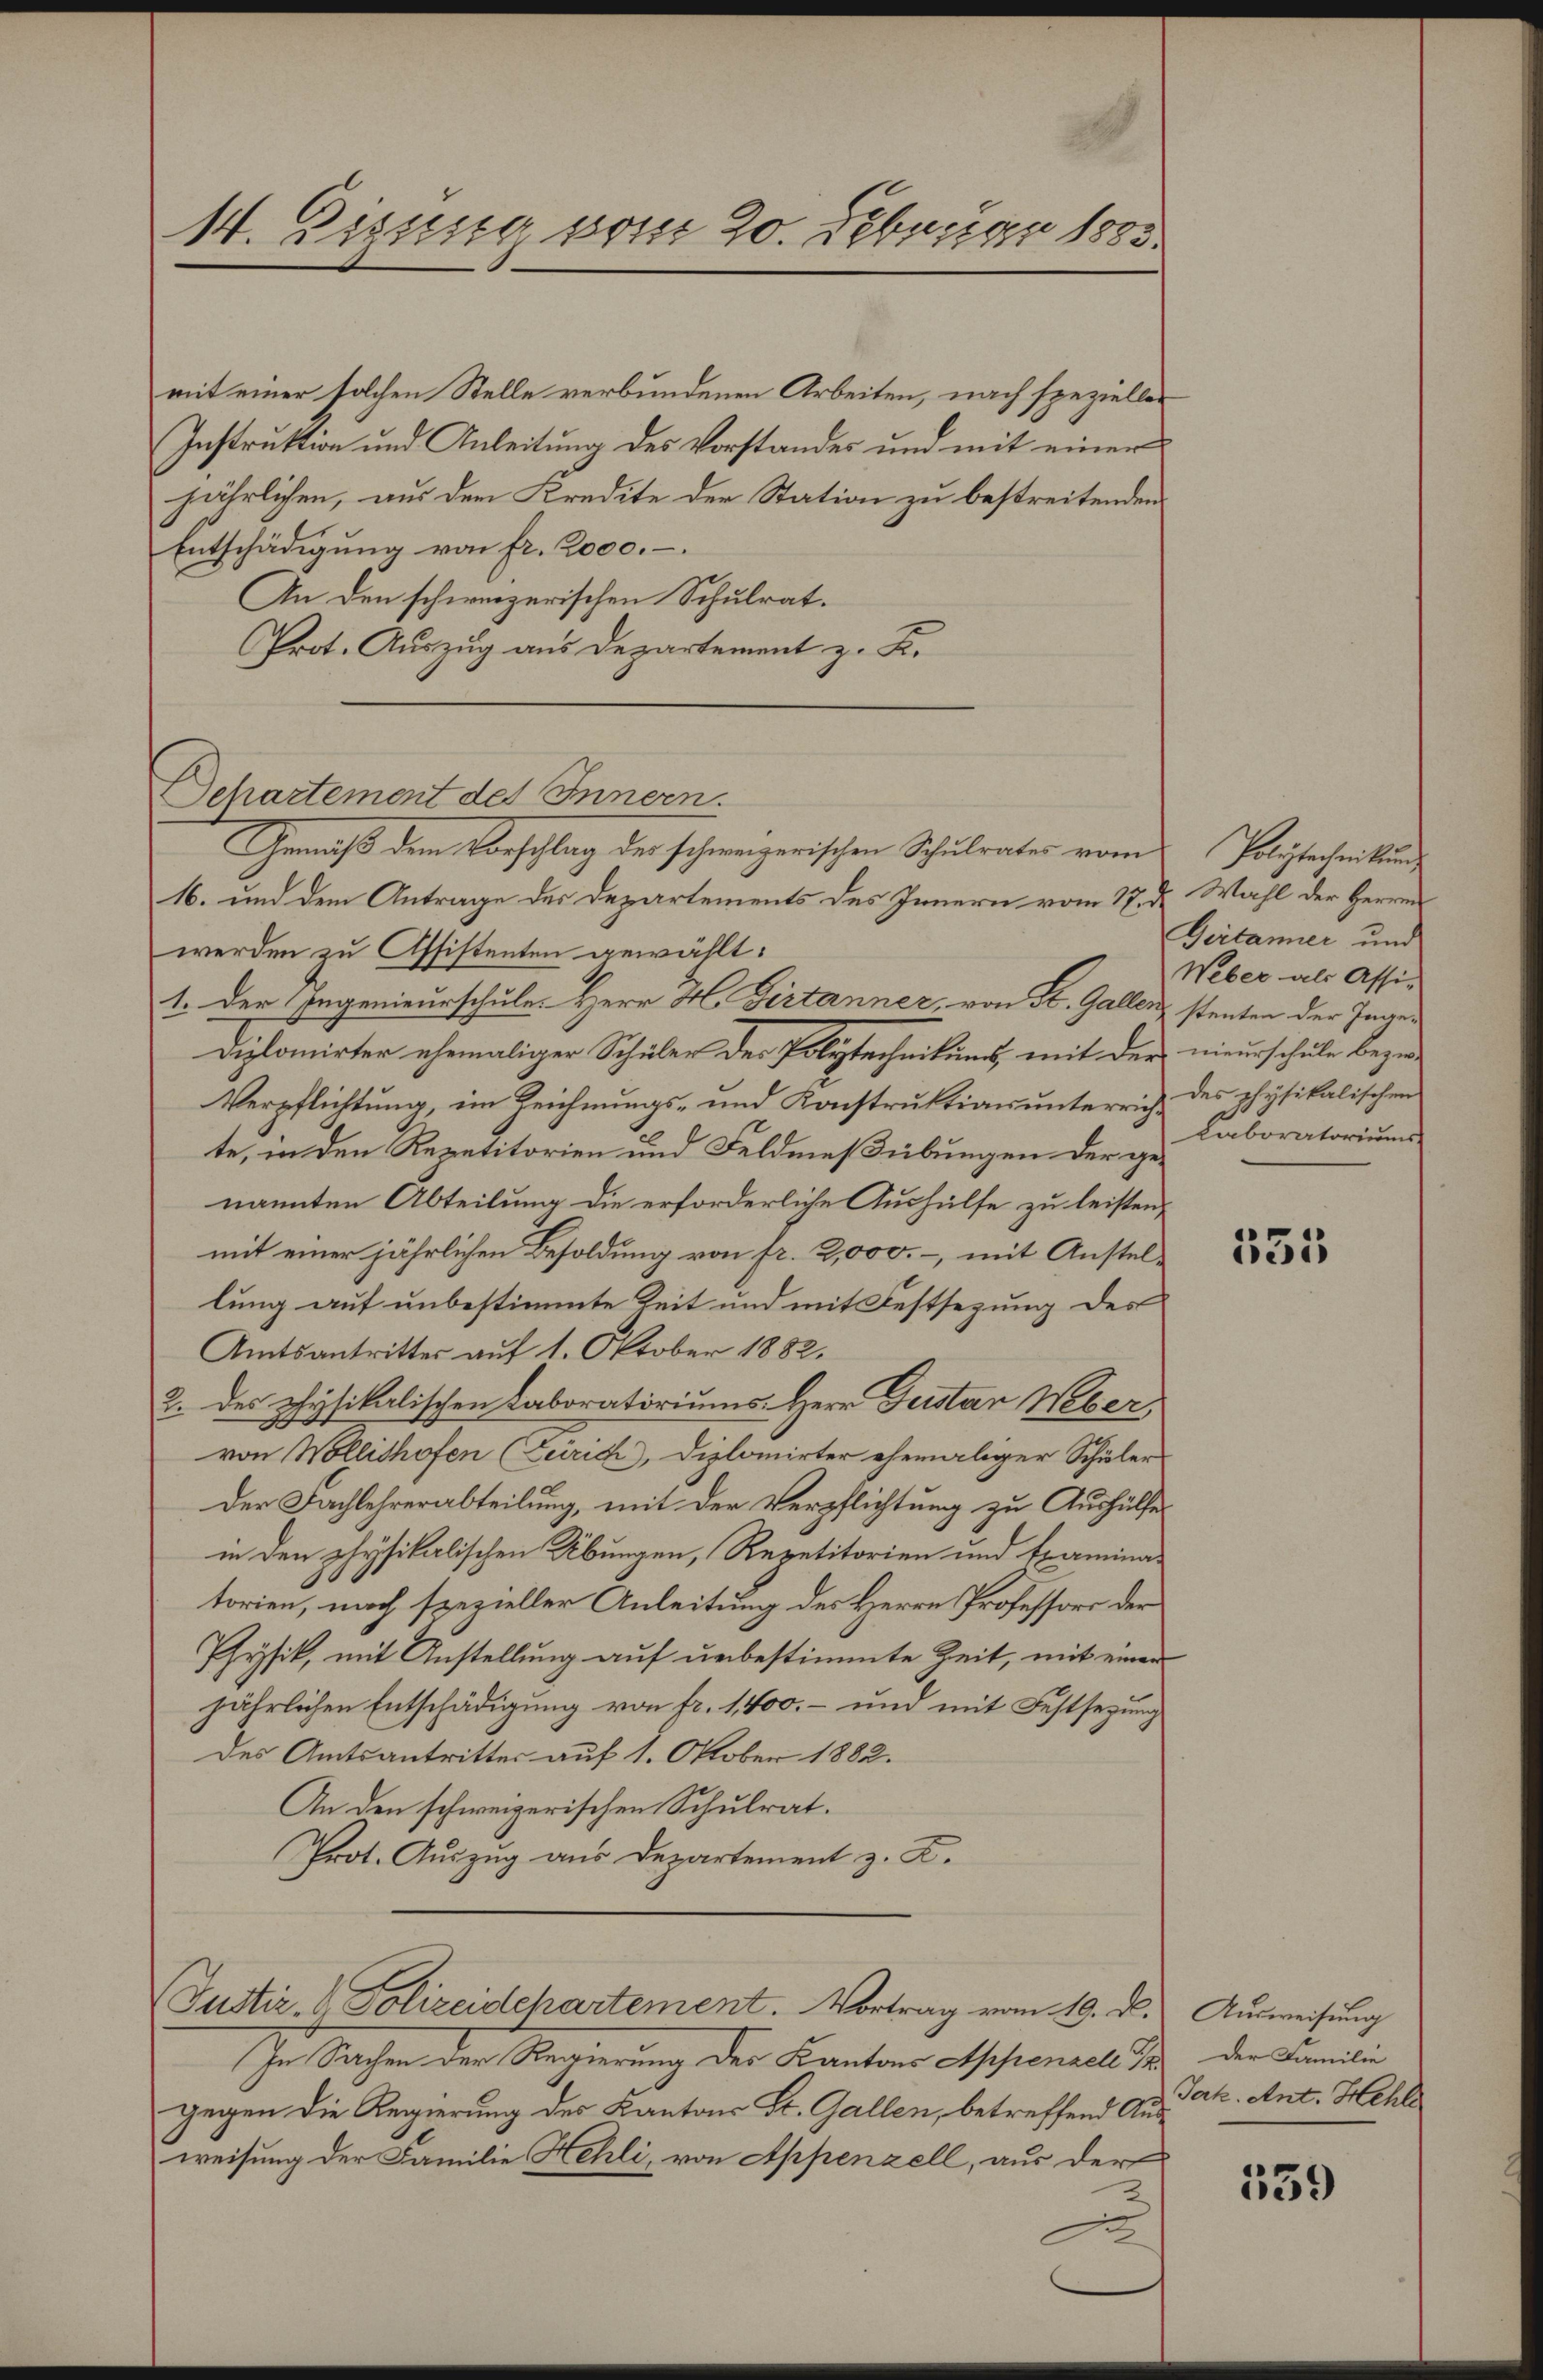
14. Dissig vom 20. Februar 1883.

mit einer solchen Stelle verbundenen Arbeiten, nach spezieller
Instruktion und Anleitung des Vorstandes und mit einer
jährlichen, aus dem Kredite der Station zu bestreitenden
Entschädigung von fr. 2000.
An den schweizerischen Schulrat.
PProt. Auszug aus Departement z. K.
Departement des Innern.
Gemäß dem Vorschlag der schweizerischen Schulrates vom
16. und dem Antrage des Departements des Innern vom 17. d. Wahl der Herren
werden zu Assistenten gewählt:
1. Der Ingenieurschule. Herr H. Girtanner, von St. Gallen stenten der Inge¬
Diplomirter ehemaliger Schüler der Polytechnikums, mit der
Verpflichtung, im Zeichnungs- und Konstruktionsunterrichte, in den Repetitorien und Feldmeßübungen der genannten Abteilung die erforderliche Aushülfe zu leisten,
mit einer jährlichen Besoldung von fr. 2,000.-, mit Anstellung auf unbestimmte Zeit und mit Festsezung des
Amtsantritter auf 1. Oktober 1882.
2. des physikalischen Laboratoriums Herr Gustan Weber,
von Wollishofen (Zeirich), Diplomirter ehemaliger Schüler
Der Fachlehrerabteilung, mit der Verpflichtung zu Aushülfe
in den physikalischen Übungen, Repetitorien und Examinat
torien, nach spezieller Anleitung des Herrn Professors der
Physik, mit Anstellung auf unbestimmte Zeit, mit einen
jährlichen Entschädigung von fr. 1,400, – und mit Festsezung
des Amtsantritter auf 1. Oktober 1882.
An den schweizerischen Schulrat.
Prot. Auszug aus Departement z. B.
Justiz- & Polizeidchartement. Vortrag vom 19. d. Ausweisung
In Sachen der Regierung der Kantons Appenzell I. der Familie
gegen die Regierung des Kantons St. Gallen, betreffend Ausweisung der Familie Hehli, von Appenzell, aus der
2

Polytechnittung
Geitanner und
Weber als Assi-
nieurschule bezw.
des physikalischen
Laboratoriums

535

Jak. Ant. Hehle

539